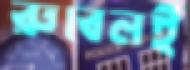
রুবেলই